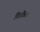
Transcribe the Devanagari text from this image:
गिरविला